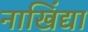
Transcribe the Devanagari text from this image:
नाखिंद्या